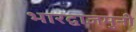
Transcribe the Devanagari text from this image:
भारद्वाजमुनी